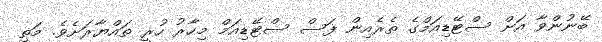
ބޭނުންވާ އަށް ސްޓޭޑިއަމްގެ ތެރެއިން ފަސް ސްޓޭޑިއަމް މިހާރު ހުރީ ތައްޔާރަށެވެ. މަތި